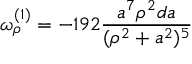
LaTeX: \omega _ { \rho } ^ { ( 1 ) } = - 1 9 2 { \frac { a ^ { 7 } \rho ^ { 2 } d a } { ( \rho ^ { 2 } + a ^ { 2 } ) ^ { 5 } } }